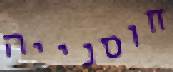
חוסנייה